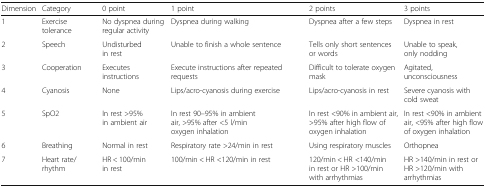
| Dimension | Category | 0 point | 1 point | 2 points | 3 points |
 | --- | --- | --- | --- | --- | --- |
 | 1 | Exercise tolerance | No dyspnea during regular activity | Dyspnea during walking | Dyspnea after a few steps | Dyspnea in rest |
 | 2 | Speech | Undisturbed in rest | Unable to finish a whole sentence | Tells only short sentences or words | Unable to speak, only nodding |
 | 3 | Cooperation | Executes instructions | Execute instructions after repeated requests | Difficult to tolerate oxygen mask | Agitated, unconsciousness |
 | 4 | Cyanosis | None | Lips/acro-cyanosis during exercise | Lips/acro-cyanosis in rest | Severe cyanosis with cold sweat |
 | 5 | SpO2 | In rest >95% in ambient air | In rest 90–95% in ambient air, >95% after <5 l/min oxygen inhalation | In rest <90% in ambient air, >95% after high flow of oxygen inhalation | In rest <90% in ambient air, <95% after high flow of oxygen inhalation |
 | 6 | Breathing | Normal in rest | Respiratory rate >24/min in rest | Using respiratory muscles | Orthopnea |
 | 7 | Heart rate/rhythm | HR < 100/min in rest | 100/min < HR <120/min in rest | 120/min < HR <140/min in rest or HR >100/min with arrhythmias | HR >140/min in rest or HR >120/min with arrhythmias |